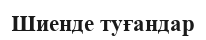
Шиенде туғандар